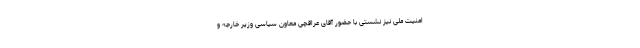
امنیت ملی نیز نشستی با حضور آقای عراقچی معاون سیاسی وزیر خارجه و